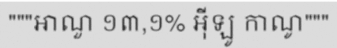
"""អាណួ ១៣,១% អ៊ីឡូ កាណូ"""